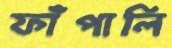
ফাঁপালি